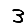
Digit: 3